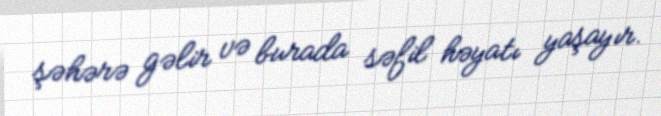
şəhərə gəlir və burada səfil həyatı yaşayır.